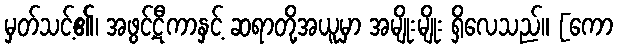
မှတ်သင့်၏၊ အဖွင့်ဋီကာနှင့် ဆရာတို့အယူမှာ အမျိုးမျိုး ရှိလေသည်။ [ကော